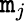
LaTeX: \mathtt{m}_{j}